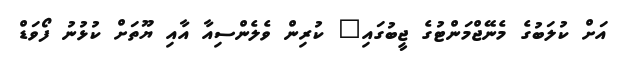
އަށް ކުލަބުގެ މެނޭޖްމަންޓުގެ ޖީބުގައި" ކުރިން ވެލެންސިއާ އާއި ޔޫތަށް ކުޅުނު ފޯވަޑް